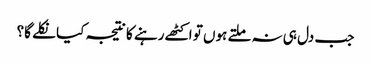
جب دل ہی نہ ملتے ہوں تو اکٹھے رہنے کا نتیجہ کیا نکلے گا؟